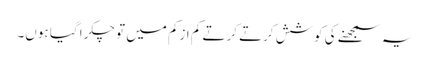
یہ سمجھنے کی کوشش کرتے کرتے کم ازکم میں تو چکرا گیا ہوں۔